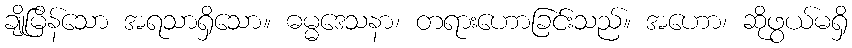
ချိုမြိန်သော အရသာရှိသော။ ဓမ္မဒေသနာ၊ တရားဟောခြင်းသည်။ အဟော၊ ဆိုဖွယ်မရှိ